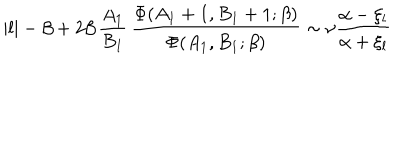
| l | - \beta + 2 \beta \, { \frac { A _ { 1 } } { B _ { 1 } } } \, { \frac { \Phi ( A _ { 1 } + 1 , B _ { 1 } + 1 ; \beta ) } { \Phi ( A _ { 1 } , B _ { 1 } ; \beta ) } } \sim \nu { \frac { \alpha - \xi _ { l } } { \alpha + \xi _ { l } } }